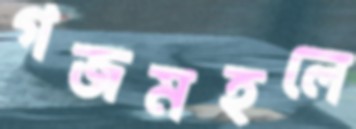
গজমহলে